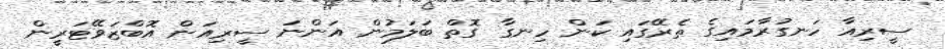
ސީރިއާ ހަނގުރާމައިގެ ތެރޭގައި ކަން ހިނގާ ގޮތް ބަލަމުން އަންނަ ސީރިއަން އޮބްޒަވޭޓަރީން